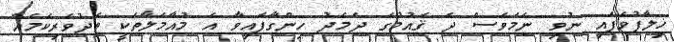
ޚިލާފުވެފައި ނުވި ނަމަވެސް ދެ ޤައުމުގެ ދެމެދު ހިންގާފައިވާ އެ މުއާމަލާތަކީ ތެދުވެރިކަމެއް